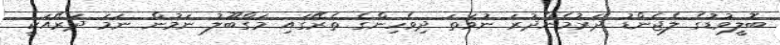
ބޮލީވުޑުގެ ލެޖެންޑު ދަރުމެންދުރަ ނުވަތަ ދިވެހިންގެ ތެރޭގައި މަގްބޫލު ނަމުން ނަމަ ދަރޭއަކީ